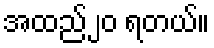
အထည်၂၀ ရတယ်။